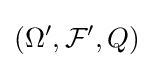
(\Omega ',{\mathcal {F}}',Q)